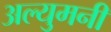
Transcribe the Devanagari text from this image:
अल्युमनी